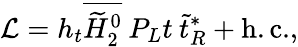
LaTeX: {\cal L}=h_{t}\overline{{{\widetilde{H}_{2}^{0}}}}\: P_{L}t\: \widetilde{t}_{R}^{*}+\mathrm{h.c.},